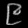
Digit: ၉